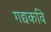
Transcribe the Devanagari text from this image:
गद्यकवि